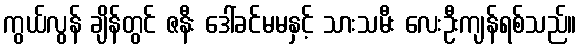
ကွယ်လွန် ချိန်တွင် ဇနီး ဒေါ်ခင်မမနှင့် သားသမီး လေးဦးကျန်ရစ်သည်။